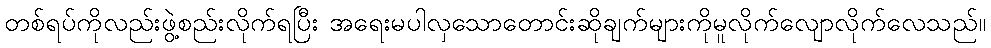
တစ်ရပ်ကိုလည်းဖွဲ့စည်းလိုက်ရပြီး အရေးမပါလှသောတောင်းဆိုချက်များကိုမူလိုက်လျောလိုက်လေသည်။